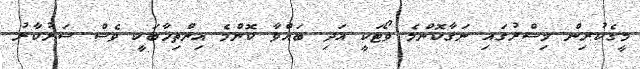
މީގެކުރިން މިސްރުގައި ނަގާކޮންމެ ވޯޓަކީ އަދި ބައްވާ ކޮންމެ އިންތިޚާބަކީ ވެސް ސަރުކާރު